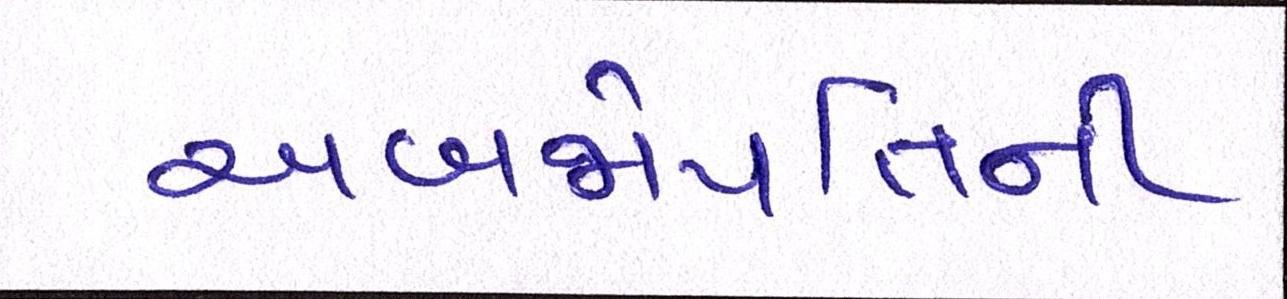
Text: અબજોપતિની